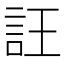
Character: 𧥶